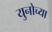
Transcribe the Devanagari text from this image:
युनोच्या